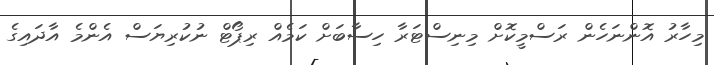
މިހާރު އޮންނަހެން ރަސްމީކޮށް މިނިސްޓަރާ ހިސާބަށް ކަމެއް ރިޕޯޓް ނުކުރިޔަސް އެންމެ އާދައިގެ